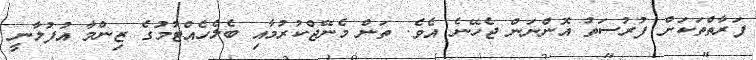
ފަރާތްތަކަށް ފުރުސަތު އޮންނަން ޖެހޭނެ އެވެ. ތަން މެނޭޖްކުރުމާއި ބެލެހެއްޓުމުގެ ޒިންމާ އުފުލާނީ